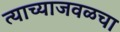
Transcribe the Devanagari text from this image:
त्याच्याजवळचा